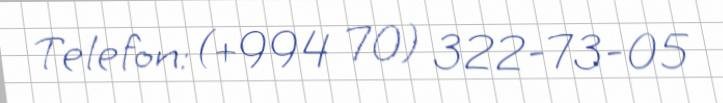
Telefon: (+994 70) 322-73-05